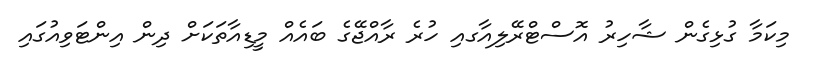
މިކަމާ ގުޅިގެން ޝާހިރު އޮސްޓްރޭލިއާގއި ހުރެ ރާއްޖޭގެ ބައެއް މީޑިއާތަކަށް ދިން އިންޓަވިއުގައި